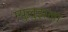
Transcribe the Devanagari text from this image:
म्युलुझला